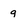
Character: 9